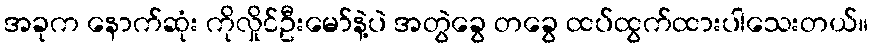
အခုက နောက်ဆုံး ကိုလှိုင်ဦးမော်နဲ့ပဲ အတွဲခွေ တခွေ ထပ်ထွက်ထားပါသေးတယ်။